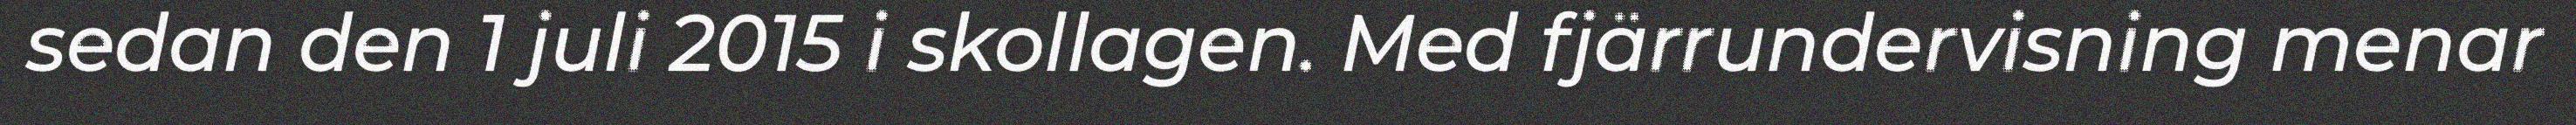
sedan den 1 juli 2015 i skollagen. Med fjärrundervisning menar